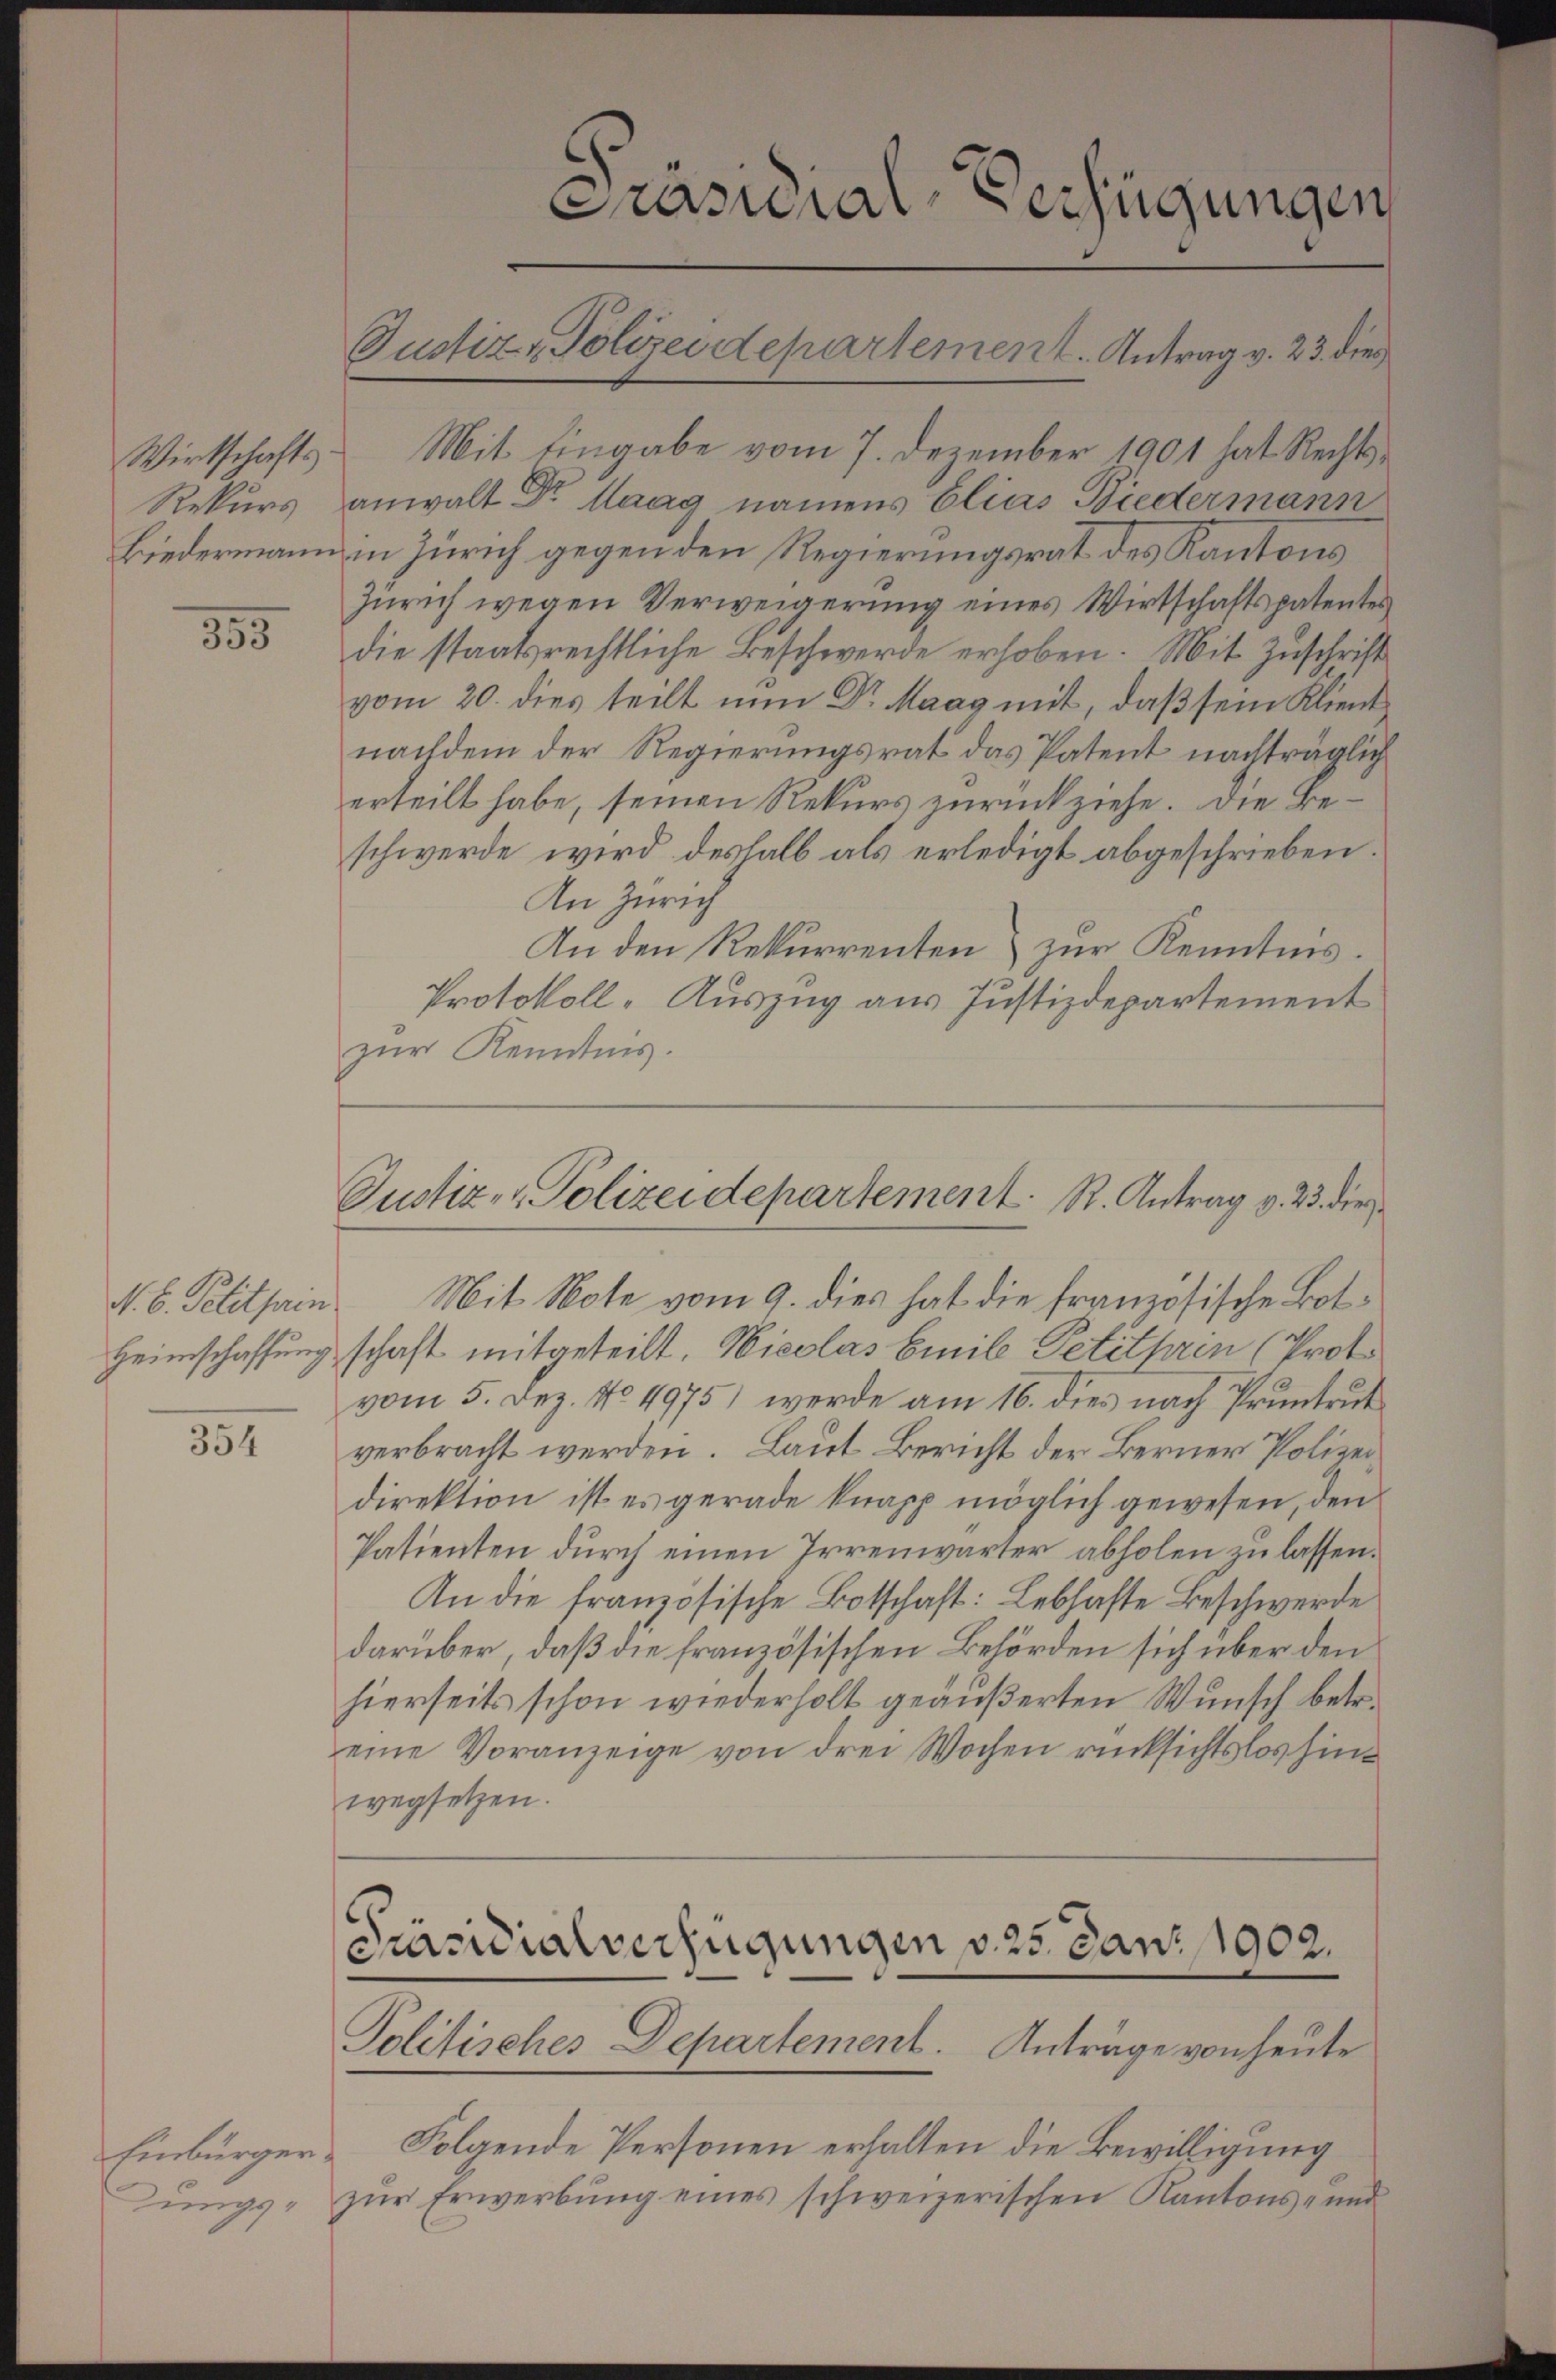
355

N. B. Petitsin
Heimschaffung

354

Einbürgerdungs¬

Wirtschafts- Mit Eingabe vom 7. Dezember 1901 hat Rechts-
Rekurs anwalt Dr. Haag namens Elias Niedermann
Biedermann in Zürich gegen den Regierungsrat des Kantons
Zürich wegen Verweigerung eines Wirtschaftspatentes
die staatsrechtliche Beschwerde erhoben. Mit Zuschrift
vom 20. dies teilt nun Dr. Maag mit, daß sein Klient
nachdem der Regierungsrat das Patent nachträglich
erteilt habe, seinen Rekurs zurückziehe. Die Beschwerde wird deshalb als erledigt abgeschrieben.
An Zürich
An den Rekurrenten) zur Kenntnis.
Protokoll-Auszug aus Justizdepartement
zur Kenntnis.

Präsidial-Verfügungen
Justiz - Polizeidepartement. Antrag v. 23. dies

Justiz- & Polizeidepartement. R. Antrag v. 23. die

Mit Note vom 9. dies hat die französische Botschaft mitgeteilt. Nicolas Emil Petithren (Prot
vom 5. Dez. No. 4975) werde am 16. dies nach Pruntrut
verbracht werden. Laut Bericht der Berner Polizeidirektion ist es gerade knapp möglich gewesen, den
Patienten durch einen Irrenwärter abholen zu lassen.
An die französische Botschaft: Lebhafte Beschwerde
darüber, daß die französischen Behörden sich über den
hierseits schon wiederholt geäußerten Wunsch betr.
eine Voranzeige von drei Wochen rücksichtslos hinwegsetzen.

Präsidialverfügungen v. 25. Jan. 1902.
Politisches Departement. Anträge von heute

Folgende Personen erhalten die Bewilligung
zŭr Erwerbŭng eines schweizerischen Kantons- und